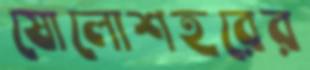
ষোলোশহরের